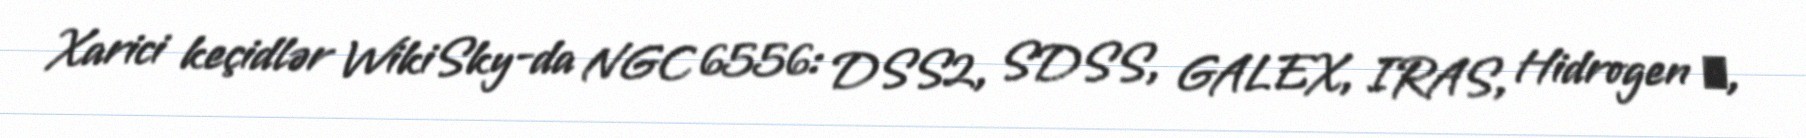
Xarici keçidlər WikiSky-da NGC 6556: DSS2, SDSS, GALEX, IRAS, Hidrogen α,